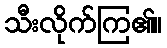
သီးလိုက်ကြ၏။